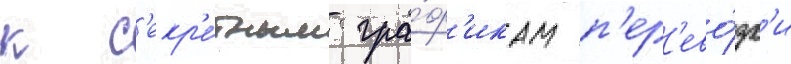
к с'екр'е́тным гра́ф'икам п'ер'ево́зк'и